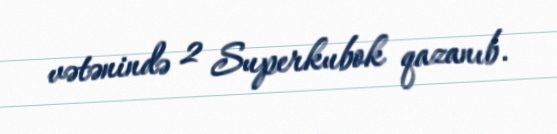
vətənində 2 Superkubok qazanıb.